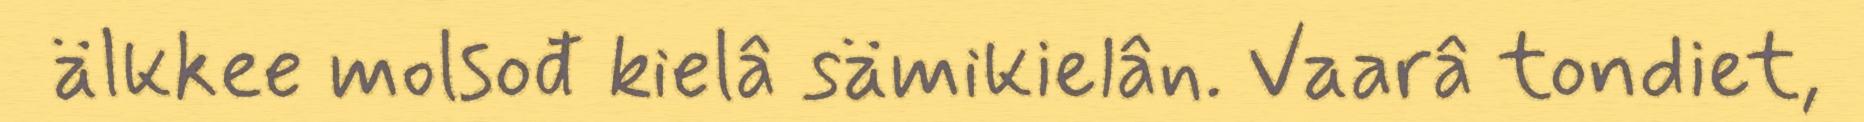
älkkee molsođ kielâ sämikielân. Vaarâ tondiet,